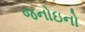
જનોઇનો